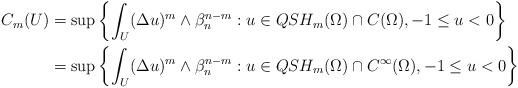
LaTeX: \begin{align*}\begin{aligned}C_m(U)&=\sup\left\{\int_{U}(\Delta u)^m\wedge\beta_n^{n-m}:u\in QSH_m(\Omega)\cap C(\Omega), -1\leq u<0\right\}\\&=\sup\left\{\int_{U}(\Delta u)^m\wedge\beta_n^{n-m}:u\in QSH_m(\Omega)\cap C^{\infty}(\Omega), -1\leq u<0\right\}\end{aligned}\end{align*}